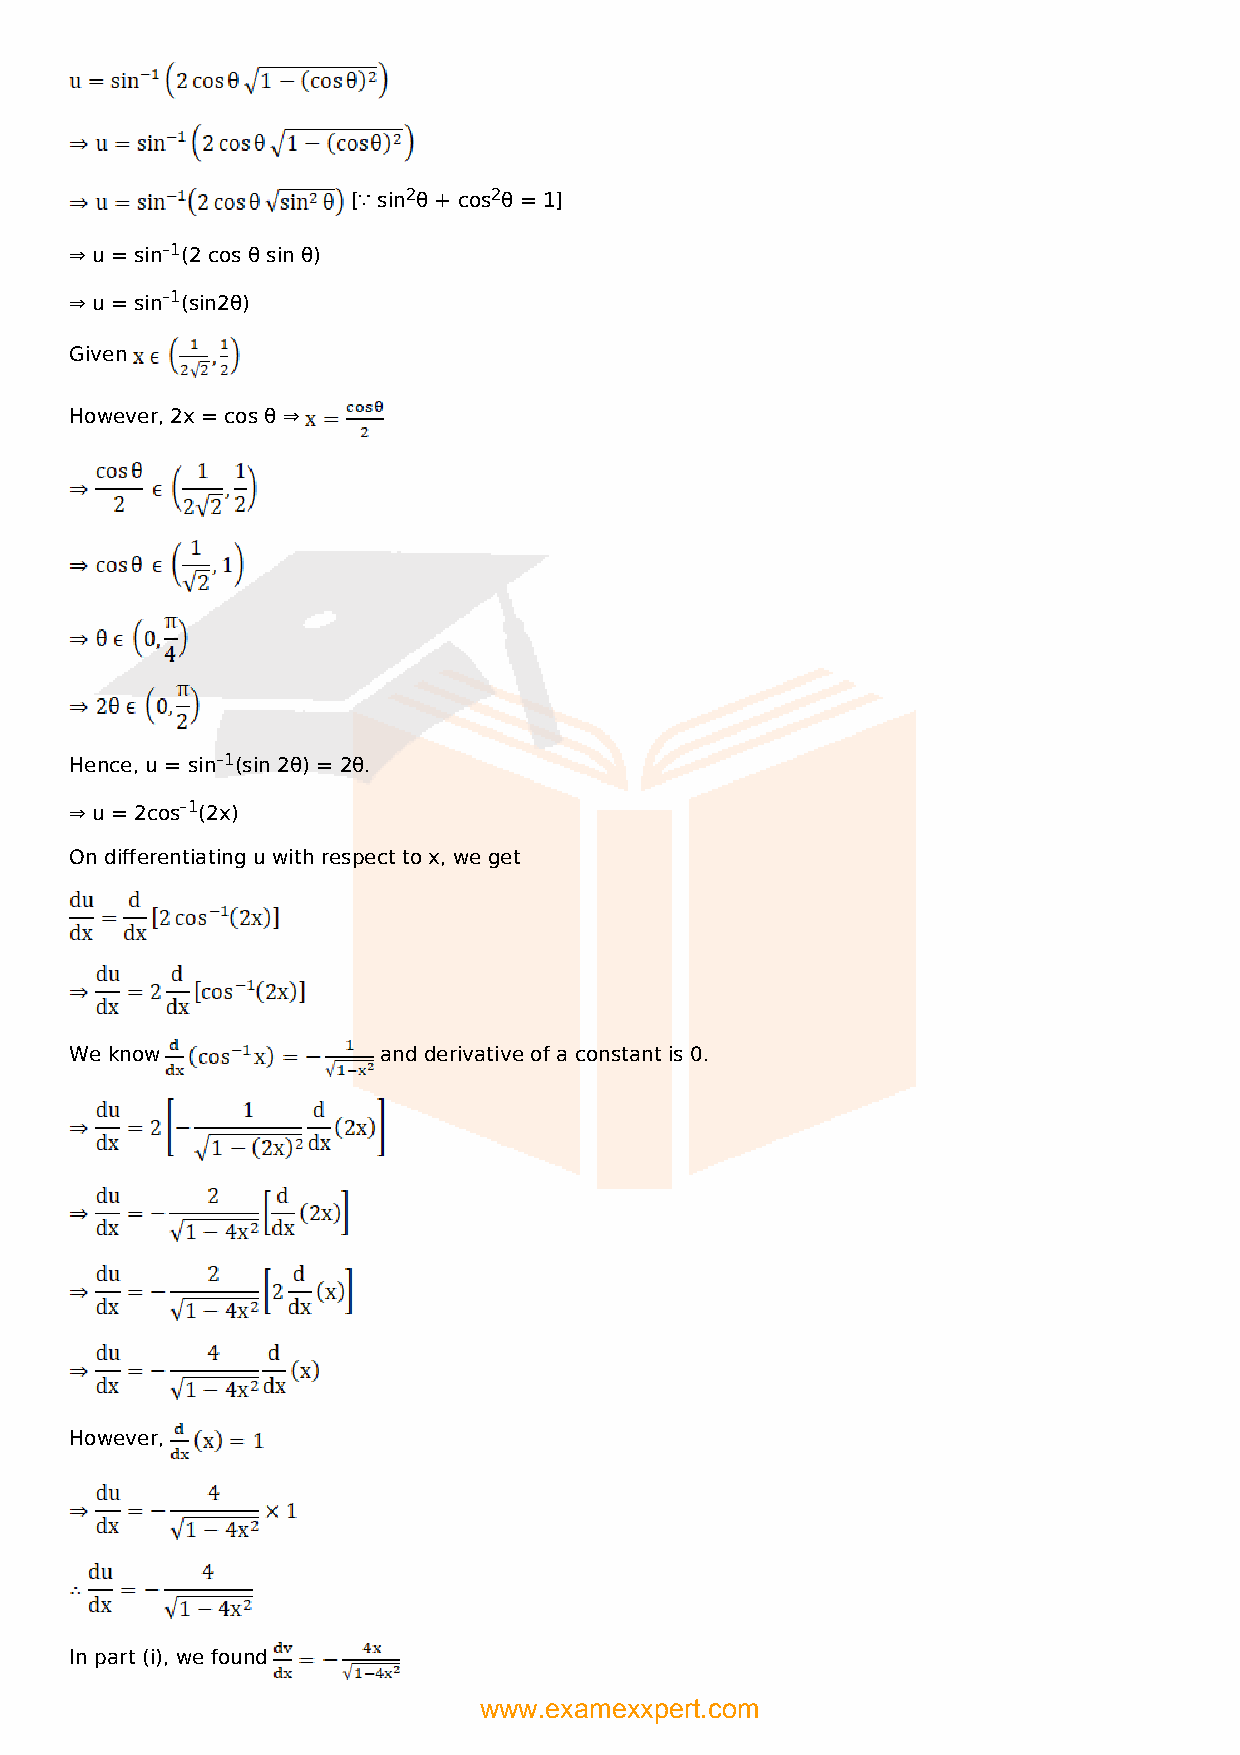
[∵ sin2θ + cos2θ = 1]
 ⇒ u = sin–1(2 cos θ sin θ)
 ⇒ u = sin–1(sin2θ)
 Given
 However, 2x = cos θ ⇒
 Hence, u = sin–1(sin 2θ) = 2θ.
 ⇒ u = 2cos–1(2x)
 On differentiating u with respect to x, we get
 We know             and derivative of a constant is 0.
 However,
 In part (i), we found
 www.examexxpert.com